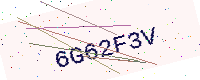
Text: 6G62F3V